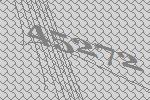
45272